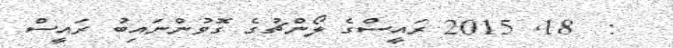
:  18